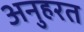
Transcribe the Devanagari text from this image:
अनुहरत